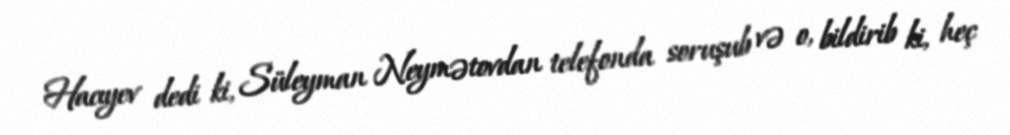
Hacıyev dedi ki, Süleyman Neymətovdan telefonda soruşub və o, bildirib ki, heç